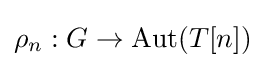
\rho _{n}:G\to {\text{Aut}}(T[n])